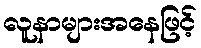
လူနာများအနေဖြင့်